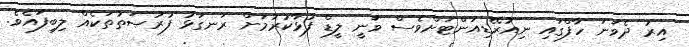
އިރު ދެވަނަ ހާފްގައި ނިއުރޭޑިއަންޓަށްވެސް ވަނީ ލީޑް ފުޅާކުރުމަށް ރަނގަޅު ފުރުޞަތުތަކެއް ލިބިފައެވެ.